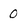
Character: 0